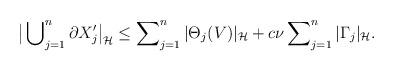
LaTeX: \begin{align*}\big|\bigcup\nolimits^{n}_{j=1} \partial X_j'\big|_{\cal H}& \le \sum\nolimits^{n}_{j=1} |\Theta_j(V)|_{\cal H} + c\nu\sum\nolimits^n_{j=1} |\Gamma_j|_{\cal H}.\end{align*}